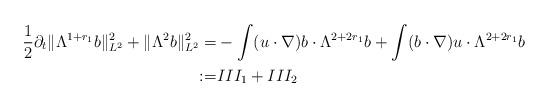
LaTeX: \begin{align*}\frac{1}{2}\partial_{t} \lVert \Lambda^{1+r_{1}}b\rVert_{L^{2}}^{2} + \lVert \Lambda^{2} b\rVert_{L^{2}}^{2} =& -\int (u\cdot\nabla) b\cdot\Lambda^{2+2r_{1}} b + \int (b\cdot\nabla) u \cdot \Lambda^{2+2r_{1}} b\\:=& III_{1} + III_{2} \end{align*}